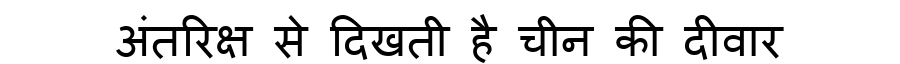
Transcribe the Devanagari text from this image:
अंतरिक्ष से दिखती है चीन की दीवार